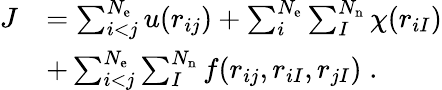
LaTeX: \begin{array}{rl}{J}&{=\sum_{i<j}^{N_{\mathrm{e}}}u(r_{ij})+\sum_{i}^{N_{\mathrm{e}}}\sum_{I}^{N_{\mathrm{n}}}\chi(r_{iI})}\\ &{+\sum_{i<j}^{N_{\mathrm{e}}}\sum_{I}^{N_{\mathrm{n}}}f(r_{ij},r_{iI},r_{jI})\; .}\end{array}